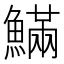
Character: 𩺴